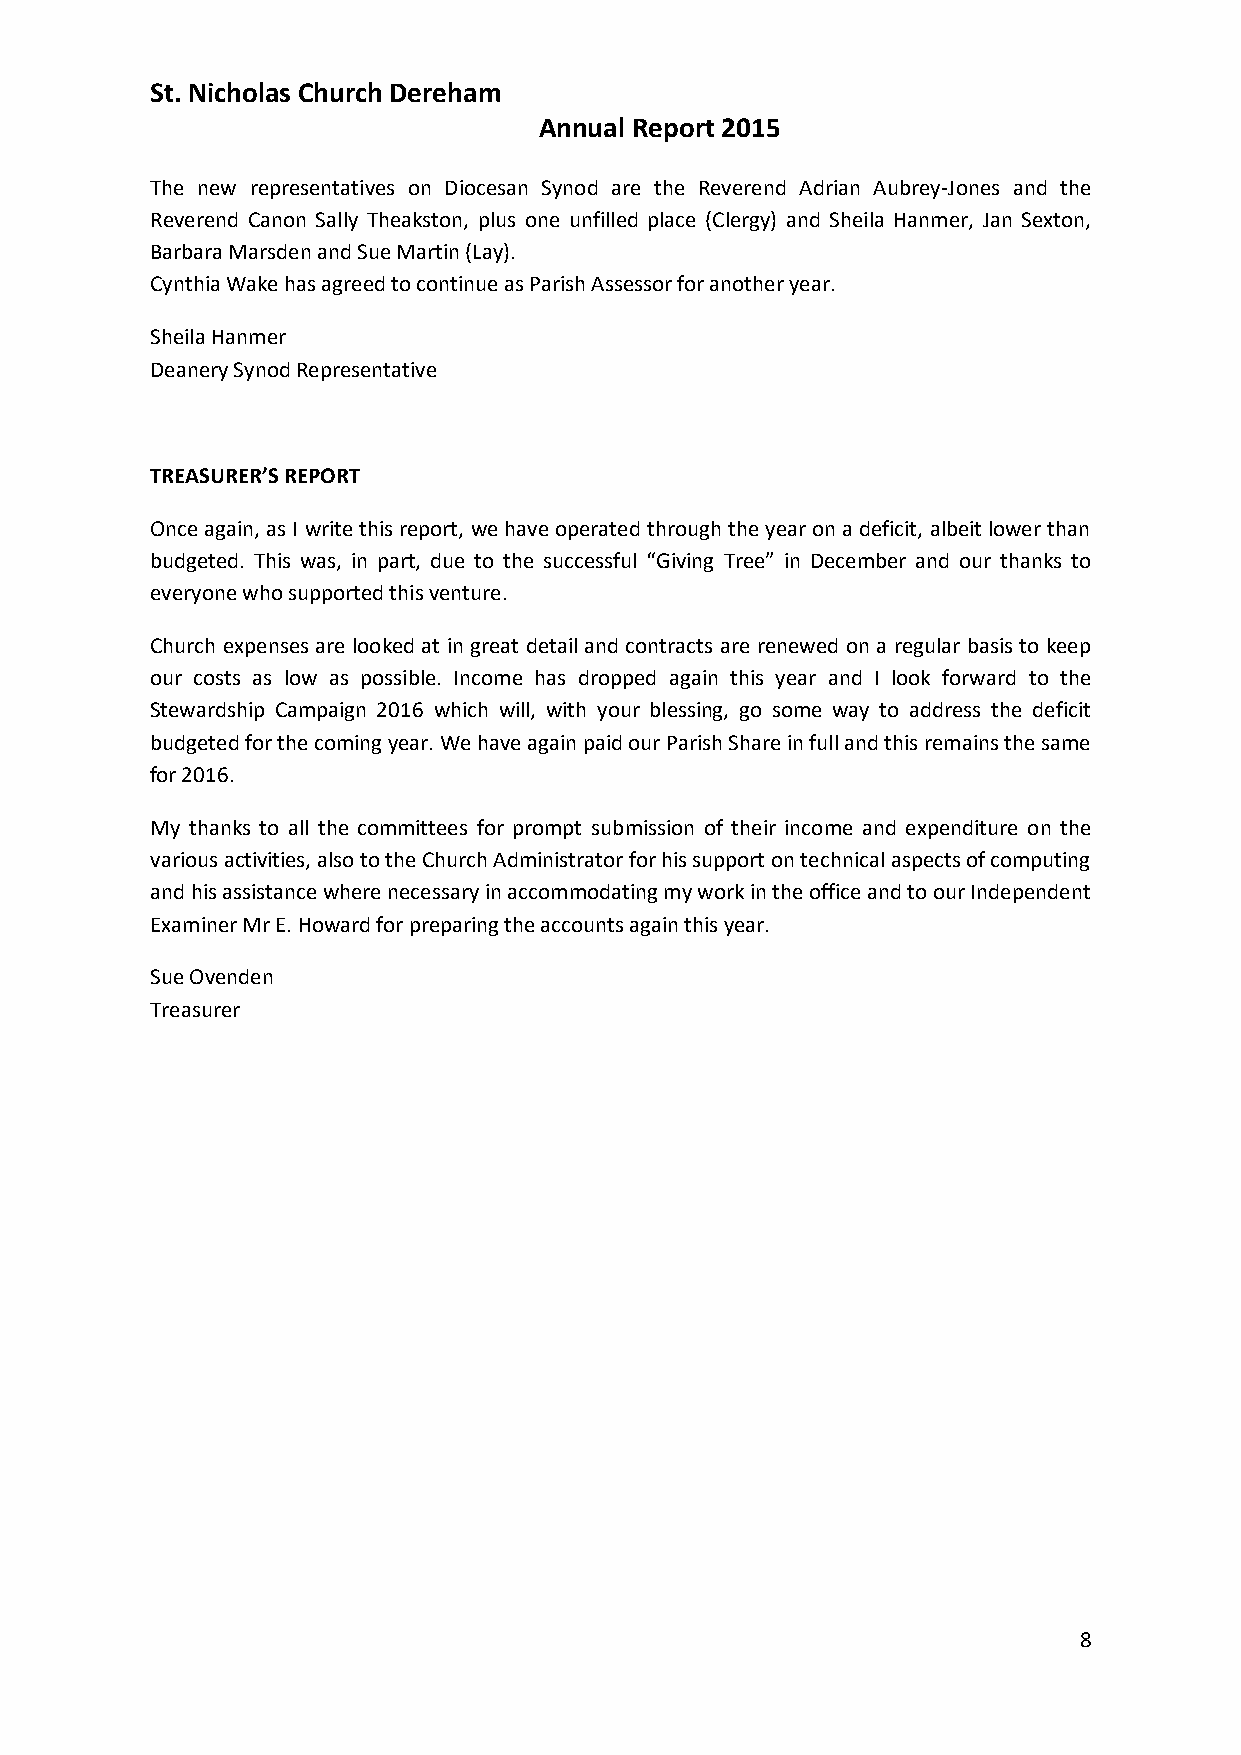
St. Nicholas Church Dereham
 Annual Report 2015
 The new representatives on Diocesan Synod are the Reverend Adrian Aubrey-Jones and the
 Reverend Canon Sally Theakston, plus one unfilled place (Clergy) and Sheila Hanmer, Jan Sexton,
 Barbara Marsden and Sue Martin (Lay).
 Cynthia Wake has agreed to continue as Parish Assessor for another year.
 Sheila Hanmer
 Deanery Synod Representative
 TREASURER’S REPORT
 Once again, as I write this report, we have operated through the year on a deficit, albeit lower than
 budgeted. This was, in part, due to the successful “Giving Tree” in December and our thanks to
 everyone who supported this venture.
 Church expenses are looked at in great detail and contracts are renewed on a regular basis to keep
 our costs as low as possible. Income has dropped again this year and I look forward to the
 Stewardship Campaign 2016 which will, with your blessing, go some way to address the deficit
 budgeted for the coming year. We have again paid our Parish Share in full and this remains the same
 for 2016.
 My thanks to all the committees for prompt submission of their income and expenditure on the
 various activities, also to the Church Administrator for his support on technical aspects of computing
 and his assistance where necessary in accommodating my work in the office and to our Independent
 Examiner Mr E. Howard for preparing the accounts again this year.
 Sue Ovenden
 Treasurer
 8